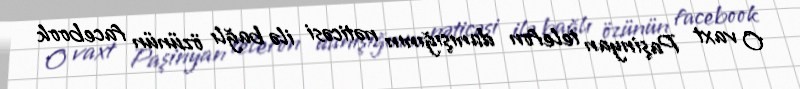
O vaxt Paşinyan telefon danışığının nəticəsi ilə bağlı özünün facebook